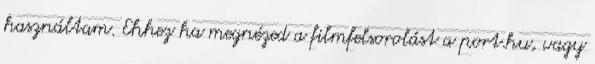
használtam. Ehhez ha megnézed a filmfelsorolást a port.hu, vagy